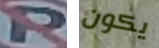
P يكون